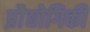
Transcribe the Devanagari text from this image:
प्रोैद्योगिकी